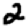
Digit: 2